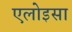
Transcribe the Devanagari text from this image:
एलोइसा